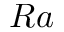
R a